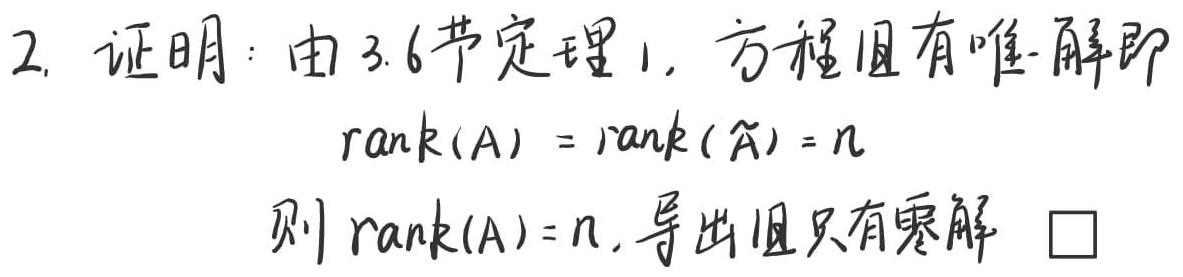
2. 证明：由3.6节定理1，方程组有唯一解即
\[
\mathrm{rank}(A)=\mathrm{rank}(\widetilde{A}) = n
\]
则\(\mathrm{rank}(A)=n\)，导出组只有零解 \(\square\)